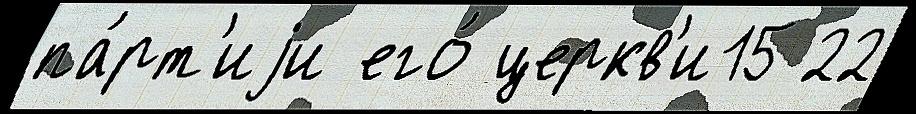
па́рт'иjи его́ церкв'и15 22